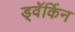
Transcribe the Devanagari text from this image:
ड्वॅर्किन